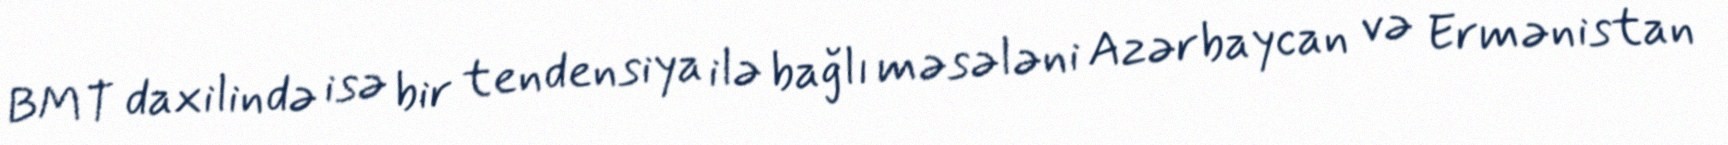
BMT daxilində isə bir tendensiya ilə bağlı məsələni Azərbaycan və Ermənistan